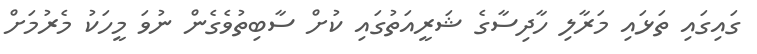
ގައިގައި ތަޅައި މަރާލި ހާދިސާގެ ޝަރީއަތުގައި ކުށް ސާބިތުވެގެން ނުވަ މީހަކު މެރުމަށް